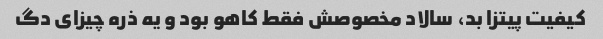
کیفیت پیتزا بد، سالاد مخصوصش فقط کاهو بود و یه ذره چیزای دگ